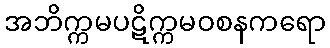
အဘိက္ကမပဋိက္ကမဝစနကရော